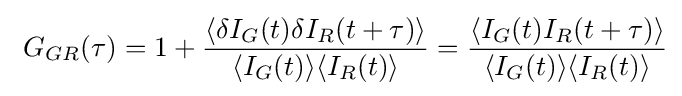
\ G_{GR}(\tau )=1+{\frac {\langle \delta I_{G}(t)\delta I_{R}(t+\tau )\rangle }{\langle I_{G}(t)\rangle \langle I_{R}(t)\rangle }}={\frac {\langle I_{G}(t)I_{R}(t+\tau )\rangle }{\langle I_{G}(t)\rangle \langle I_{R}(t)\rangle }}